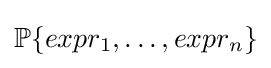
\mathbb {P} \{expr_{1},\dots ,expr_{n}\}